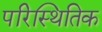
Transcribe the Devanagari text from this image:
परिस्थितिक